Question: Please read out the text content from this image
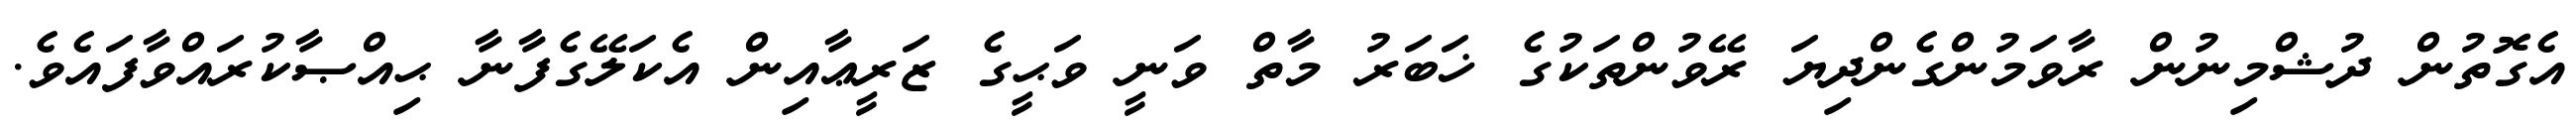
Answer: އެގޮތުން ދުޝްމިނުން ރާވަމުންގެންދިޔަ ރޭވުންތަކުގެ ޚަބަރު މާތް ވަނީ ވަޙީގެ ޒަރީޢާއިން އެކަލޭގެފާނާ ޙިއްޞާކުރައްވާފައެވެ.